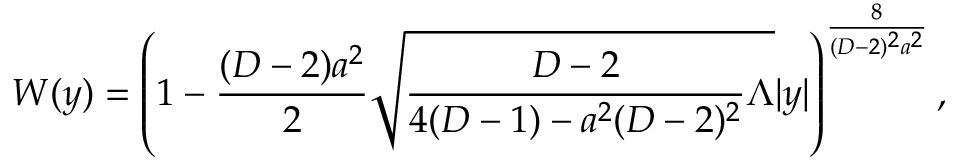
{ \cal W } ( y ) = \left( 1 - { \frac { ( D - 2 ) a ^ { 2 } } { 2 } } \sqrt { { \frac { D - 2 } { 4 ( D - 1 ) - a ^ { 2 } ( D - 2 ) ^ { 2 } } } \Lambda } | y | \right) ^ { \frac { 8 } { ( D - 2 ) ^ { 2 } a ^ { 2 } } } ,